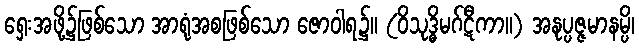
ရှေးအဖို့၌ဖြစ်သော အာရုံအစဖြစ်သော ဇောဝါရ၌။ (ဝိသုဒ္ဓိမဂ်ဋီကာ။) အနုပ္ပဇ္ဇမာနမ္ပိ၊